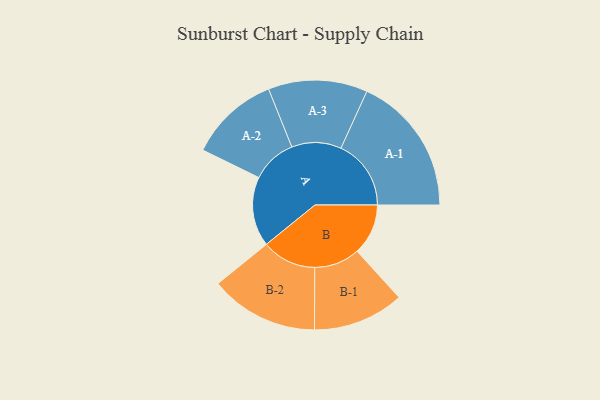
{"axis": {"x": "Segment", "y": "Value"}, "legend": ["", "A", "B"], "data": [{"x": "A", "y": 292, "type": ""}, {"x": "B", "y": 214, "type": ""}, {"x": "A-1", "y": 294, "type": "A"}, {"x": "A-2", "y": 189, "type": "A"}, {"x": "A-3", "y": 208, "type": "A"}, {"x": "B-1", "y": 191, "type": "B"}, {"x": "B-2", "y": 228, "type": "B"}]}